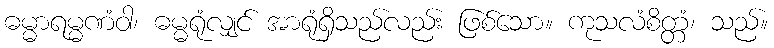
ဓမ္မာရမ္မဏံဝါ၊ ဓမ္မရုံလျှင် အာရုံရှိသည်လည်း ဖြစ်သော။ ကုသလံစိတ္တံ၊ သည်။